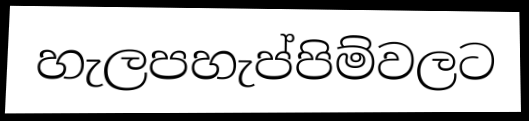
හැලපහැප්පිම්වලට